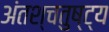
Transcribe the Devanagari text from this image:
अंतश्चतुष्ट्य